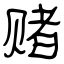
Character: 赌